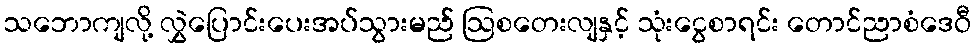
သဘောကျလို့ လွှဲပြောင်းပေးအပ်သွားမည် ဩစတေးလျနှင့် သုံးငွေစာရင်း တောင်ညာစံဒေဝီ